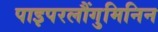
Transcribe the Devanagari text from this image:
पाइपरलौंगुमिनिन